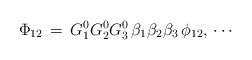
\begin{align*}\Phi_{12}\,=\,G^0_1G^0_2G^0_3\,\beta_1\beta_2\beta_3\,\phi_{12},\,\cdots\end{align*}